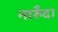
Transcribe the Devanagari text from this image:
नारुँदा